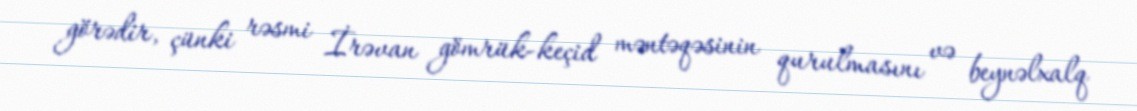
görədir, çünki rəsmi İrəvan gömrük-keçid məntəqəsinin qurulmasını və beynəlxalq